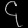
Digit: ၄